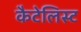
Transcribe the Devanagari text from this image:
कैटेलिस्ट